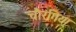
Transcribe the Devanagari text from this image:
चौरंगिया